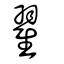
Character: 翟